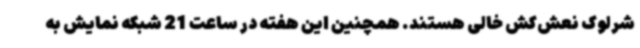
شرلوک نعش‌کش خالی هستند. همچنین این هفته در ساعت 21 شبکه نمایش به